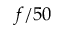
f / 5 0